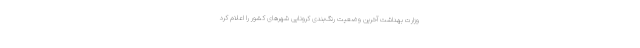
وزارت بهداشت آخرین وضعیت رنگ‌بندی کرونایی شهرهای کشور را اعلام کرد